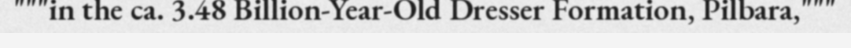
"""in the ca. 3.48 Billion-Year-Old Dresser Formation, Pilbara,"""